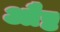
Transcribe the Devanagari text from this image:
औष्ठ